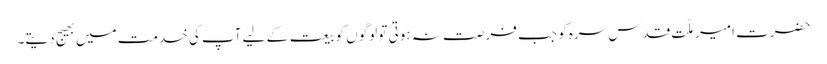
حضرت امیر ملّت قدس سرہ کو جب فرصت نہ ہوتی تو لوگوں کو بیعت کے لیے آپ کی خدمت میں بھیج دیتے۔